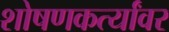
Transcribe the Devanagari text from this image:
शोषणकर्त्यांवर